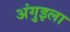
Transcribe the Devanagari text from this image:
अंगुइला